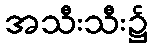
အသီးသီး၌